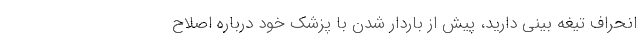
انحراف تیغه بینی دارید، پیش از باردار شدن با پزشک خود درباره اصلاح